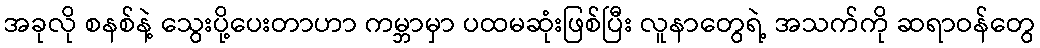
အခုလို စနစ်နဲ့ သွေးပို့ပေးတာဟာ ကမ္ဘာမှာ ပထမဆုံးဖြစ်ပြီး လူနာတွေရဲ့ အသက်ကို ဆရာဝန်တွေ